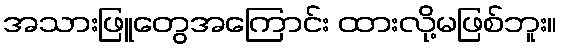
အသားဖြူတွေအကြောင်း ထားလို့မဖြစ်ဘူး။